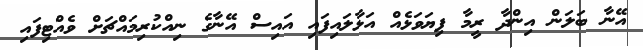
އޭނާ ބަލަން އިންދާ ރީމާ ފިޔަވަޅެއް އަޅާލައިފައި އައިސް އޭނާގެ ނިއްކުރިމައްޗަށް ވެއްޓިފައި